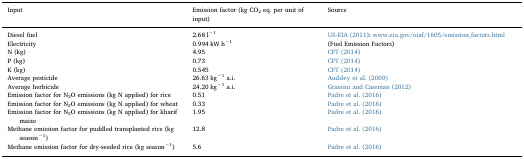
| Input | Emission factor (kg CO2 eq. per unit of input) | Source |
 | --- | --- | --- |
 | Diesel fuel | 2.68 l−1 | <ROWSPAN=2> US-EIA (2011): www.eia.gov/oiaf/1605/emission_factors.html (Fuel Emission Factors) |
 | Electricity | 0.994 kW h−1 |
 | N (kg) | 4.95 | CFT (2014) |
 | P (kg) | 0.73 | CFT (2014) |
 | K (kg) | 0.545 | CFT (2014) |
 | Average pesticide | 26.63 kg−1 a.i. | Audsley et al. (2009) |
 | Average herbicide | 24.20 kg−1 a.i. | Grassini and Cassman (2012) |
 | Emission factor for N2O emissions (kg N applied) for rice | 0.51 | Padre et al. (2016) |
 | Emission factor for N2O emissions (kg N applied) for wheat | 0.33 | Padre et al. (2016) |
 | Emission factor for N2O emissions (kg N applied) for kharif maize | 1.95 | Padre et al. (2016) |
 | Methane emission factor for puddled transplanted rice (kg season−1) | 12.8 | Padre et al. (2016) |
 | Methane emission factor for dry-seeded rice (kg season−1) | 5.6 | Padre et al. (2016) |